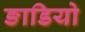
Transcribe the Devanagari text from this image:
ङाडियो